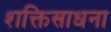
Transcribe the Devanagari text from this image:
शक्तिसाधना